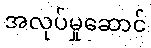
အလုပ်မှုဆောင်